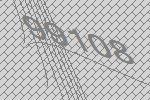
99108